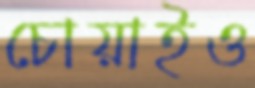
চোয়াইও